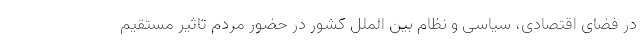
در فضای اقتصادی، سیاسی و نظام بین الملل کشور در حضور مردم تاثیر مستقیم